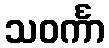
သဝင်္ကာ